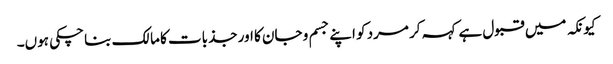
کیونکہ میں قبول ہے کہہ کر مرد کو اپنے جسم و جان کا اور جذبات کا مالک بنا چکی ہوں۔